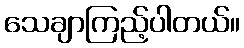
သေချာကြည့်ပါတယ်။